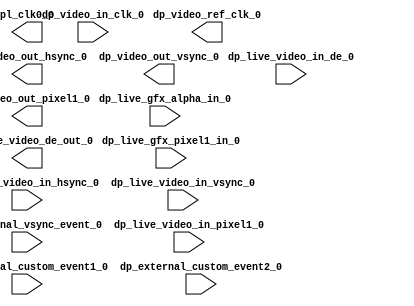

`timescale 1 ns / 1 ps

module design_1
   (dp_video_ref_clk_0,
    dp_external_custom_event1_0,
    dp_external_custom_event2_0,
    dp_external_vsync_event_0,
    dp_live_gfx_alpha_in_0,
    dp_live_gfx_pixel1_in_0,
    dp_live_video_de_out_0,
    dp_live_video_in_de_0,
    dp_live_video_in_hsync_0,
    dp_live_video_in_pixel1_0,
    dp_live_video_in_vsync_0,
    dp_video_in_clk_0,
    dp_video_out_hsync_0,
    dp_video_out_pixel1_0,
    dp_video_out_vsync_0,
    pl_clk0_0);
  output dp_video_ref_clk_0;
  input dp_external_custom_event1_0;
  input dp_external_custom_event2_0;
  input dp_external_vsync_event_0;
  input [7:0]dp_live_gfx_alpha_in_0;
  input [35:0]dp_live_gfx_pixel1_in_0;
  output dp_live_video_de_out_0;
  input dp_live_video_in_de_0;
  input dp_live_video_in_hsync_0;
  input [35:0]dp_live_video_in_pixel1_0;
  input dp_live_video_in_vsync_0;
  input dp_video_in_clk_0;
  output dp_video_out_hsync_0;
  output [35:0]dp_video_out_pixel1_0;
  output dp_video_out_vsync_0;
  output pl_clk0_0;

  wire dp_external_custom_event1_0;
  wire dp_external_custom_event2_0;
  wire dp_external_vsync_event_0;
  wire [7:0]dp_live_gfx_alpha_in_0;
  wire [35:0]dp_live_gfx_pixel1_in_0;
  wire dp_live_video_de_out_0;
  wire dp_live_video_in_de_0;
  wire dp_live_video_in_hsync_0;
  wire [35:0]dp_live_video_in_pixel1_0;
  wire dp_live_video_in_vsync_0;
  wire dp_video_in_clk_0;
  wire dp_video_out_hsync_0;
  wire [35:0]dp_video_out_pixel1_0;
  wire dp_video_out_vsync_0;
  wire pl_clk0_0;
  
  
  
    localparam RATE150 = 1000.0/150.00;
    
    reg         reset = 1;
    initial #100 reset = 0;
    
    reg         clk150 = 1'b1;
    always #(RATE150/2.0) clk150 <= ~clk150;
    
    assign pl_clk0_0 = clk150;
    
    
endmodule